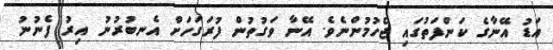
އަޑު އޭނާގެ ކަންފަތުގައި ޖެހުމުންނެވެ. އޭނާ ވަގުތުން ފުރަގަހަށް އެނބުރުނު އިރު ފެނުނު